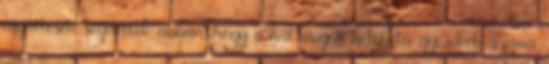
együttesen segítettek abban, hogy a hátrányos helyzetű gyerekek száma